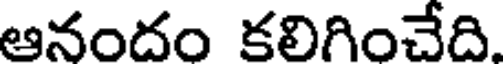
ఆనందం కలిగించేది.